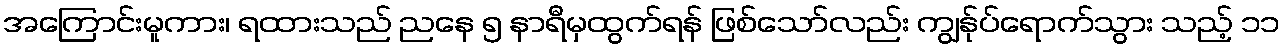
အကြောင်းမူကား၊ ရထားသည် ညနေ ၅ နာရီမှထွက်ရန် ဖြစ်သော်လည်း ကျွန်ုပ်ရောက်သွား သည့် ၁၁